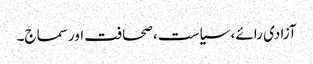
آزادی رائے ، سیاست ، صحافت اور سماج۔